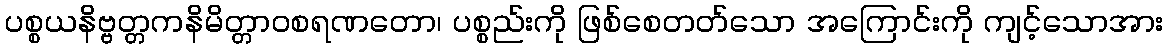
ပစ္စယနိဗ္ဗတ္တကနိမိတ္တာဝစရဏတော၊ ပစ္စည်းကို ဖြစ်စေတတ်သော အကြောင်းကို ကျင့်သောအား